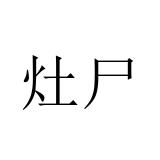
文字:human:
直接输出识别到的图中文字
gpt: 灶尸